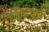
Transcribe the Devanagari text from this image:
दिपाल